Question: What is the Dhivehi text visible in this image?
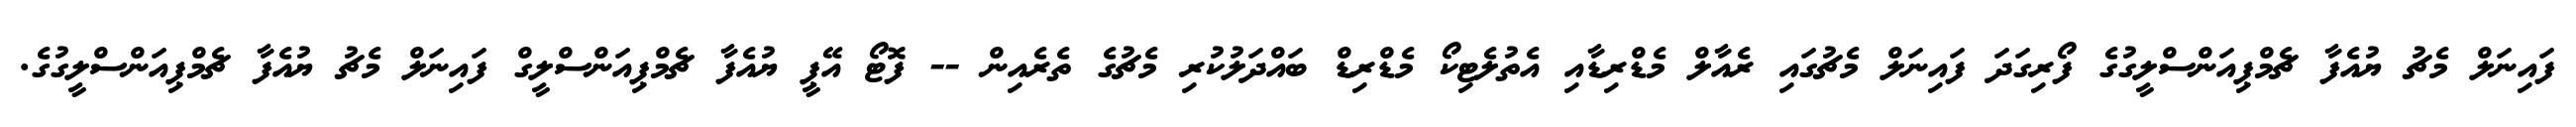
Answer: ފައިނަލް މެޗު ޔުއެފާ ޗެމްޕިއަންސްލީގުގެ ފޯރިގަދަ ފައިނަލް މެޗުގައި ރެއާލް މެޑްރިޑާއި އެތުލެޓިކޯ މެޑްރިޑް ބައްދަލުކުރި މެޗުގެ ތެރެއިން -- ފޮޓޯ އޭޕީ ޔުއެފާ ޗެމްޕިއަންސްލީގް ފައިނަލް މެޗު ޔުއެފާ ޗެމްޕިއަންސްލީގުގެ.